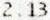
2.13